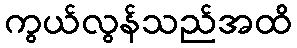
ကွယ်လွန်သည်အထိ